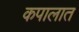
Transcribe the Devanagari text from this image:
कपालात